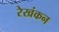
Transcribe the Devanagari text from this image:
रेखंकन